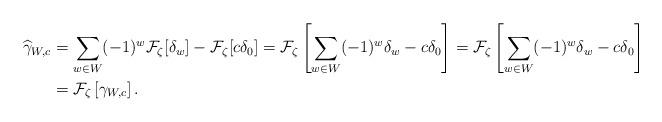
LaTeX: \begin{align*}\widehat{\gamma}_{W, c} &= \sum_{w \in W}(-1)^w\mathcal{F}_\zeta[\delta_w] - \mathcal{F}_\zeta[c \delta_0] = \mathcal{F}_\zeta \left[ \sum_{w \in W} (-1)^w\delta_w - c \delta_0\right] = \mathcal{F}_\zeta \left[ \sum_{w \in W} (-1)^w\delta_w - c \delta_0\right]\\ &= \mathcal{F}_\zeta \left[ \gamma_{W,c}\right].\end{align*}